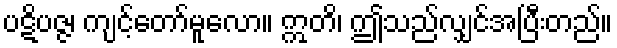
ပဋိပဇ္ဇ၊ ကျင့်တော်မူလော။ ဣတိ၊ ဤသည်လျှင်အပြီးတည်။